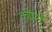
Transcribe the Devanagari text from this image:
कोंमन